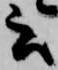
云